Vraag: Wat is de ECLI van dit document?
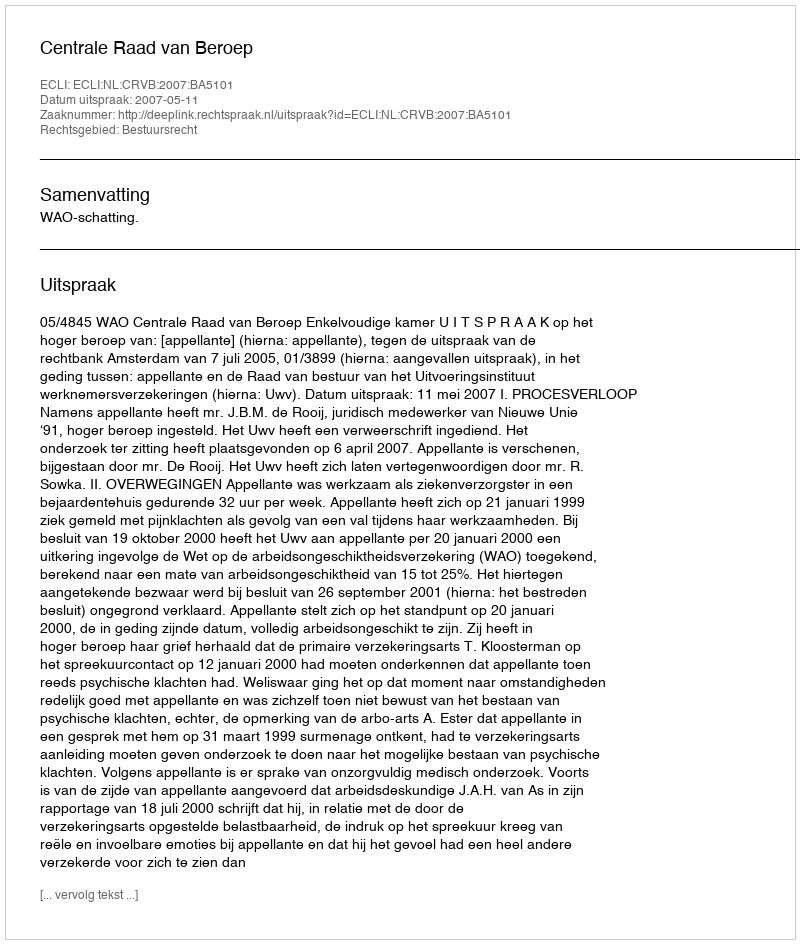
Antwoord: ECLI:NL:CRVB:2007:BA5101